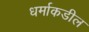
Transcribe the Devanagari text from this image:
धर्माकडील